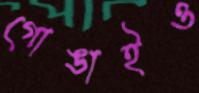
গোঙাইও